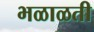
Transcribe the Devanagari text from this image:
भळाळती